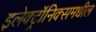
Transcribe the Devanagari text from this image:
इलेक्ट्रॉनिक्समधील